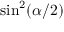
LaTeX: \sin ^ { 2 } ( \alpha / 2 )